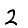
Digit: 2